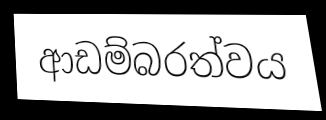
ආඩම්බරත්වය